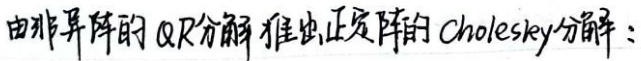
由非异阵的 QR 分解推出正定阵的 Cholesky 分解：